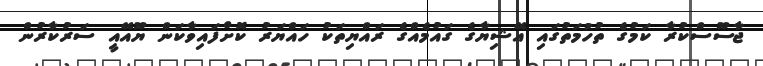
ޖާސޫސްކުރާ ކަމުގެ ތުހުމަތުގައި އޭޝިޔާގެ ގައުމެއްގެ ރައްޔިތަކު ހައްޔަރު ކޮށްފައިވާކަން ޔޫއޭއީ ސަރުކާރުން